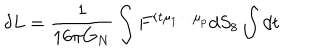
\delta L = { \frac { 1 } { 1 6 \pi G _ { N } } } \int F ^ { r t \mu _ { 1 } \cdots \mu _ { p } } d S _ { 8 } \int d t